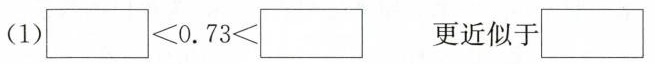
(1)$$□ 0 . 7 3 < □$$ 更近似于□